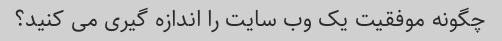
چگونه موفقیت یک وب سایت را اندازه گیری می کنید؟